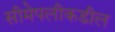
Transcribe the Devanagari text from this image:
सीमेपलीकडील